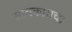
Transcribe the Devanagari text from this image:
सावकाराचा